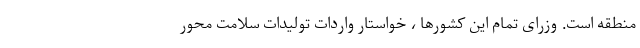
منطقه است. وزرای تمام این کشورها ، خواستار واردات تولیدات سلامت محور